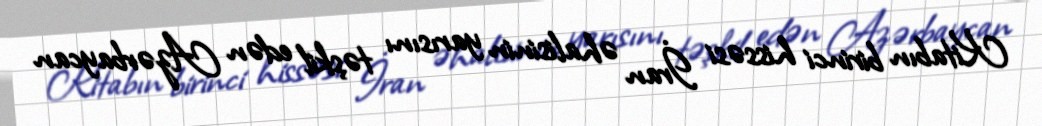
Kitabın birinci hissəsi İran əhalisinin yarısını təşkil edən Azərbaycan